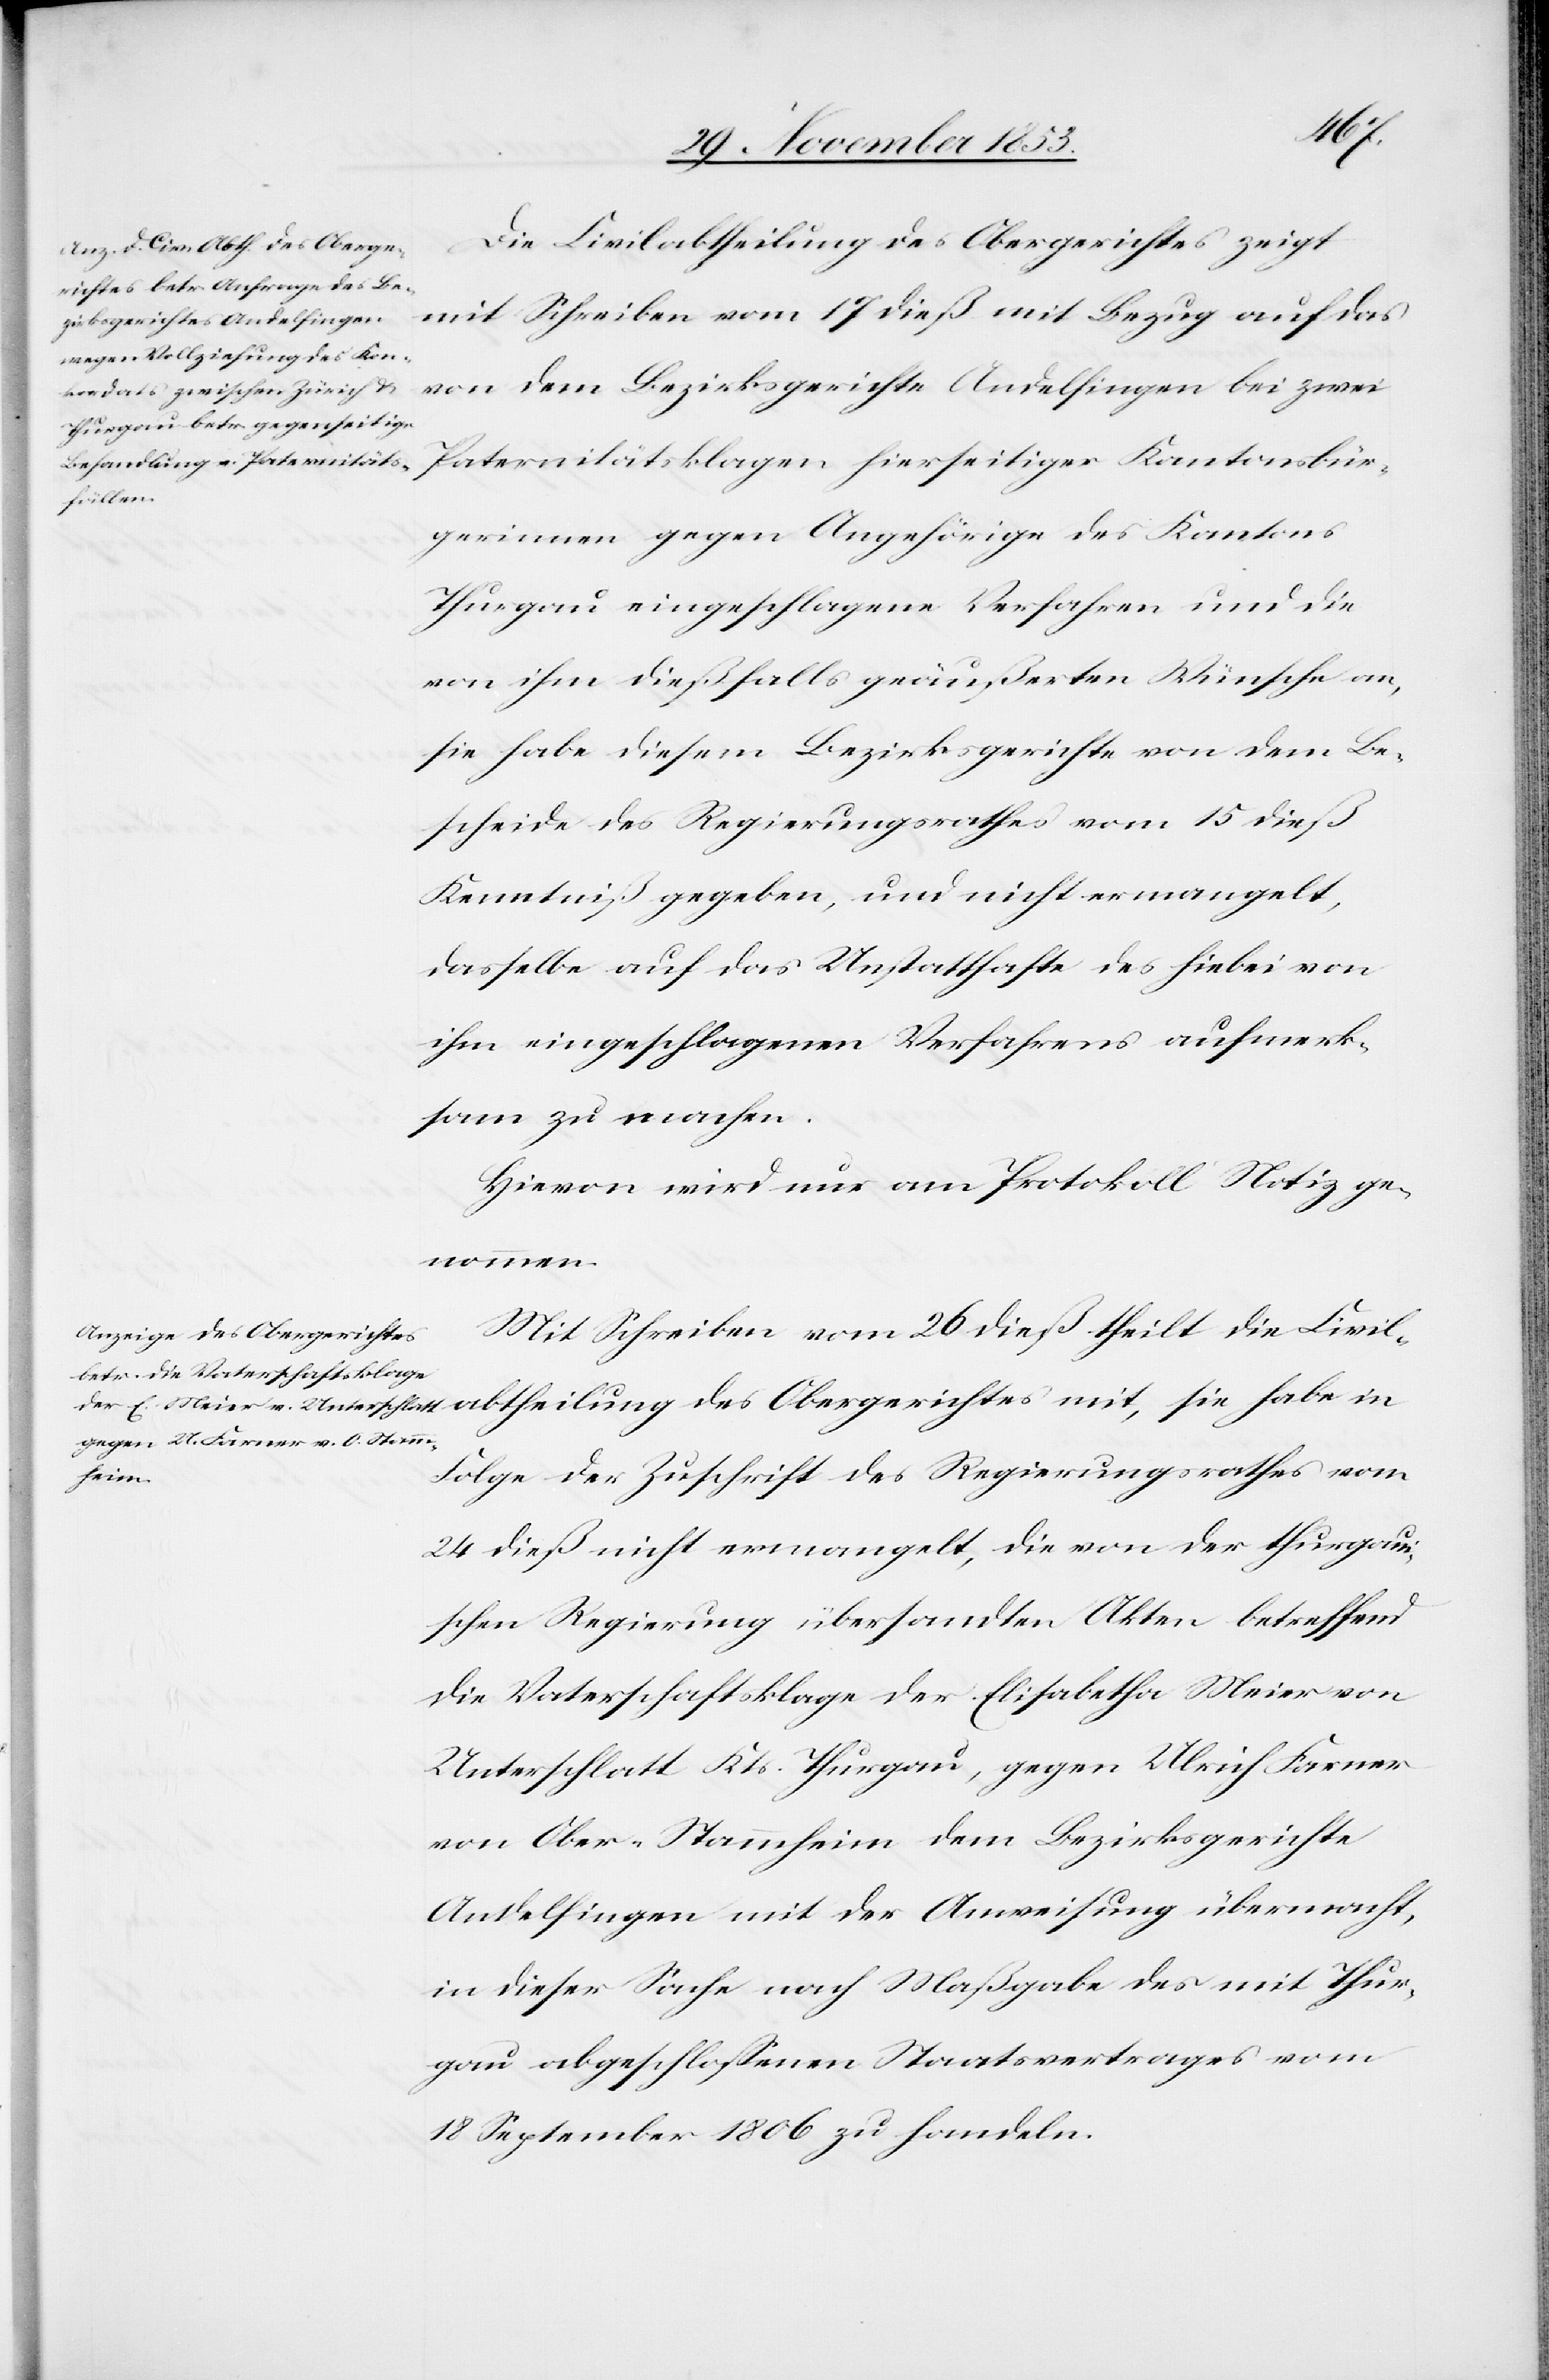
Die Civilabtheilung des Obergerichtes zeigt
mit Schreiben vom 17 dieß mit Bezug auf das
von dem Bezirksgerichte Andelfingen bei zwei
gerinnen gegen Angehörige des Kantons
Thurgau eingeschlagene Verfahren und die
von dem ihm dießfalls geäußerten Wünsche an
sie habe diesem Bezirksgerichte von dem Be¬
scheide des Regierungsrathes vom 15 dieß
Kenntniß gegeben, und nicht ermangelt,
dasselbe auf das Unstatthafte des hiebei von
ihm eingeschlagenen Verfahrens aufmerk¬
sam zu machen.
Hievon wird nur am Protokoll Notiz ge¬
nommen.
Mit Schreiben vom 26 dieß theilt die Civil¬
abtheilung des Obergerichtes
Folge der Zuschrift des Regierungsrathes vom
24 dieß nicht ermangelt, die von der thurgaui¬
schen Regierung übersandten Akten betreffend
die Vaterschaftsklage der Elisabetha Meier
Unterschlatt Kts. Thurgau, gegen Ulrich Farner
von Ober-Stammheim dem Bezirksgerichte
Andelfingen mit der Anweisung übermacht,
in dieser Sache nach Maßgabe des mit Thur¬
gau abgeschloßenen Staatsvertrages vom
18 September 1806 zu handeln.